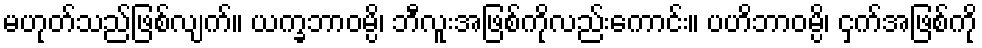
မဟုတ်သည်ဖြစ်လျက်။ ယက္ခဘာဝမ္ပိ၊ ဘီလူးအဖြစ်ကိုလည်းကောင်း။ ပဟိဘာဝမ္ပိ၊ ငှက်အဖြစ်ကို